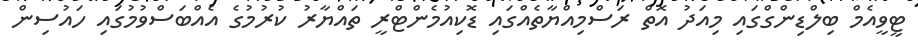
ޓީވީއެމް ބިލްޑިންގްގައި މިއަދު އޮތް ރަސްމިއްޔާތެއްގައި ޑޮކިއުމެންޓްރީ ތައްޔާރު ކުރުމުގެ އެއްބަސްވުމުގައި ހައުސިން